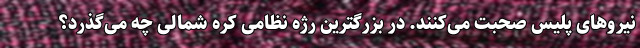
نیروهای پلیس صحبت می‌کنند. در بزرگترین رژه نظامی کره شمالی چه می‌گذرد؟